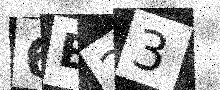
Text: 6B23